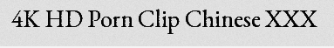
4K HD Porn Clip Chinese XXX